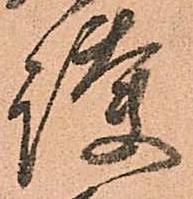
護